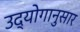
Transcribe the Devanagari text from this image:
उद्योगानुसार